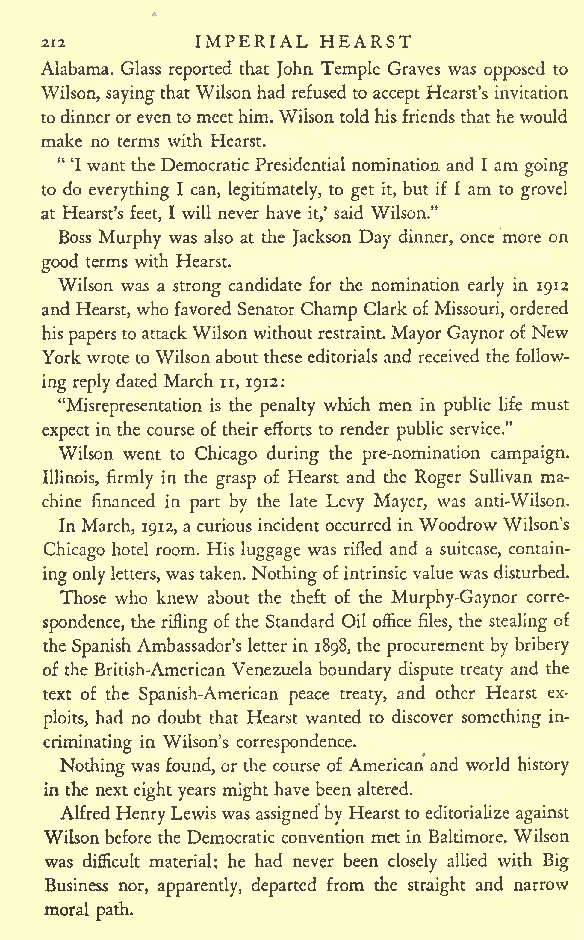
IMPERIAL HEARST
 212
 Alabama. Glass reported that John Temple Graves was opposed to
 Wilson, saying that Wilsonhad refused to accept Hearst's invitation
 todinneror eventomeethim.Wilsontoldhisfriends that hewould
 make no terms with Hearst.
 " 'I wantthe Democratic Presidential nomination and I am going
 to do everything I can, legitimately, to get it, but if I am to grovel
 at Hearst's feet, I will never have it,' said Wilson."
 Boss Murphy was also at the Jackson Day dinner, once more on
 good terms with Hearst.
 Wilson was a strong candidate for the nomination early in 1912
 and Hearst, who favored Senator Champ Clarkof Missouri,ordered
 hispapers toattackWilson withoutrestraint. Mayor Gaynor of New
 York wrote to Wilsonabout theseeditorials and received the follow-
 ingreplydated March n, 1912:
 "Misrepresentation is the penalty which men in public life must
 expect in the course of their efforts to render public service."
 Wilson went to Chicago during the pre-nomination campaign.
 Illinois, firmly in the grasp of Hearst and the Roger Sullivan ma-
 chine financed in part by the late Levy Mayer, was anti-Wilson.
 InMarch, 1912, a curious incidentoccurred in Woodrow Wilson's
 Chicago hotel room. His luggage was rifled and a suitcase, contain-
 ingonlyletters, wastaken. Nothingofintrinsicvalue was disturbed.
 Those who knew about the theft of the Murphy-Gaynor corre-
 spondence, the rifling of the Standard Oil office files, the stealing of
 the Spanish Ambassador's letterin 1898, the procurement by bribery
 of the British-American Venezuela boundary dispute treaty and the
 text of the Spanish-American peace treaty, and other Hearst ex-
 ploits, had no doubt that Hearst wanted to discover something in-
 criminating in Wilson's correspondence.
 Nothing was found, or the course of American and world history
 in the next eight years might have been altered.
 Alfred HenryLewiswas assignedby Hearstto editorialize against
 Wilsonbefore the Democratic convention met in Baltimore. Wilson
 was difficult material; he had never been closely allied with Big
 Business nor, apparently, departed from the straight and narrow
 moral
 path.